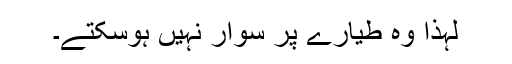
لہذا وہ طیارے پر سوار نہیں ہوسکتے۔